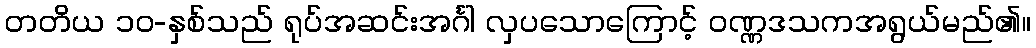
တတိယ ၁၀-နှစ်သည် ရုပ်အဆင်းအင်္ဂါ လှပသောကြောင့် ဝဏ္ဏဒသကအရွယ်မည်၏။